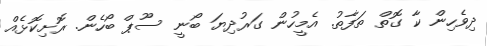
ދިވެހިން ކާ ގޮތް ތަފާތު. އެމީހުން ގަރުދިޔަ ބޯނީ ސޫޕް ބޯހެން. ރޮށިކޮޅެއް